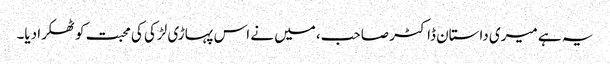
یہ ہے میری داستان ڈاکٹر صاحب، میں نے اس پہاڑی لڑکی کی محبت کو ٹھکرا دیا۔